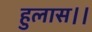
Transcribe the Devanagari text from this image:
हुलास।।